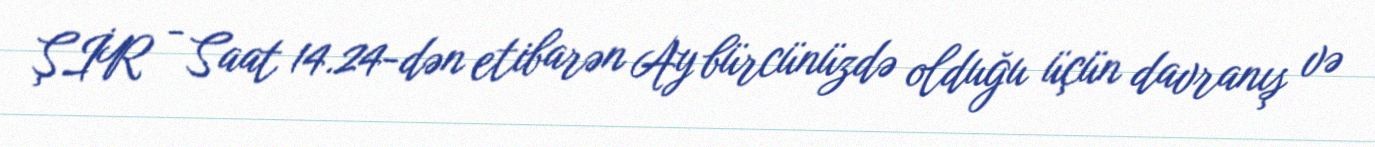
ŞİR - Saat 14.24-dən etibarən Ay bürcünüzdə olduğu üçün davranış və